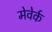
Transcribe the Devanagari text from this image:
मेवेर्क